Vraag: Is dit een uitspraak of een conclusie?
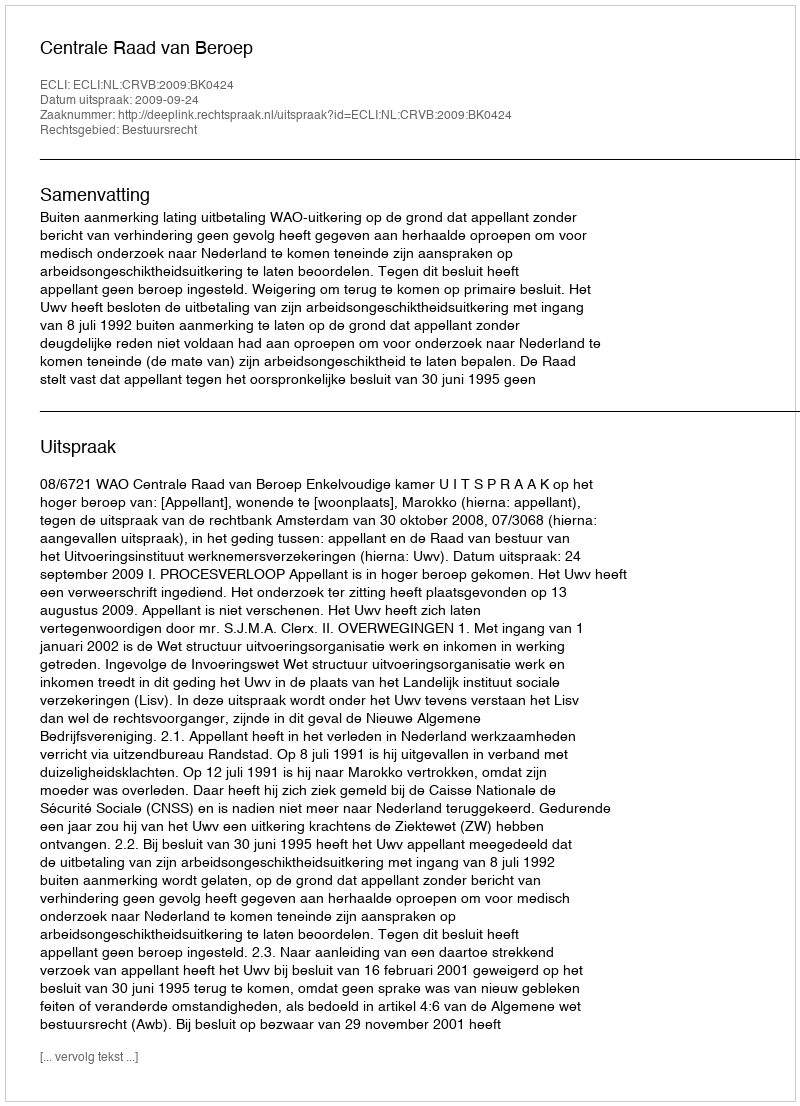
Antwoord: Uitspraak